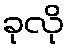
ခုလို